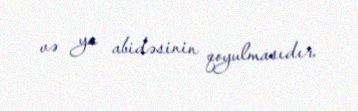
və ya abidəsinin qoyulmasıdır.